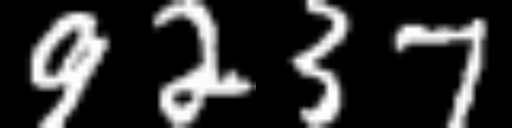
Text: 9237